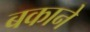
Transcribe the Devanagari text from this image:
बकाने